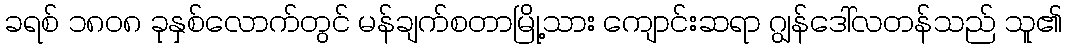
ခရစ် ၁၈၀၈ ခုနှစ်လောက်တွင် မန်ချက်စတာမြို့သား ကျောင်းဆရာ ဂျွန်ဒေါ်လတန်သည် သူ၏